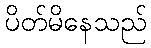
ပိတ်မိနေသည်